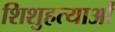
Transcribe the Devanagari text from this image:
शिशुहत्याओं